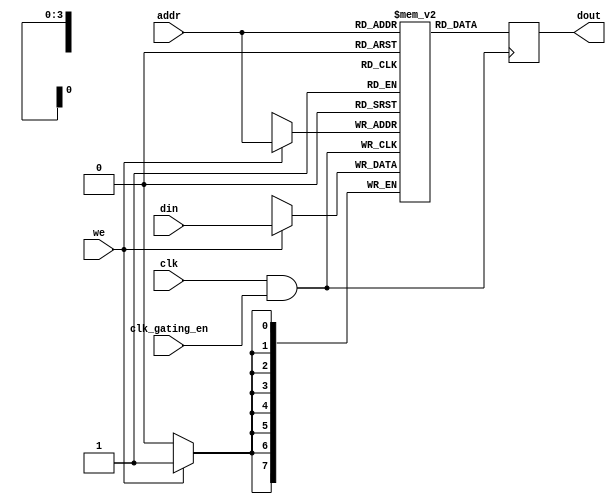
module memory_block #(
    parameter ADDR_WIDTH = 4,        // Example: 4-bit addressable memory (16 addresses)
    parameter DATA_WIDTH = 8          // Example: 8-bit data width
)(
    input wire clk,                   // Main clock signal
    input wire clk_gating_en,         // Enable signal for clock gating
    input wire we,                    // Write enable
    input wire [(ADDR_WIDTH-1):0] addr, // Address input
    input wire [(DATA_WIDTH-1):0] din,  // Data input for writes
    output reg [(DATA_WIDTH-1):0] dout // Data output for reads
);

    // Memory array
    reg [(DATA_WIDTH-1):0] memory [(2**ADDR_WIDTH-1):0];

    // Gated clock signal
    wire gated_clk;
    
    // Clock gating logic: AND gate for the clock signal
    assign gated_clk = clk & clk_gating_en;

    // Memory write operation
    always @(posedge gated_clk) begin
        if (we) begin
            // Write data to memory
            memory[addr] <= din;
        end
    end

    // Memory read operation
    always @(posedge gated_clk) begin
        // Read data from memory
        dout <= memory[addr];
    end

endmodule